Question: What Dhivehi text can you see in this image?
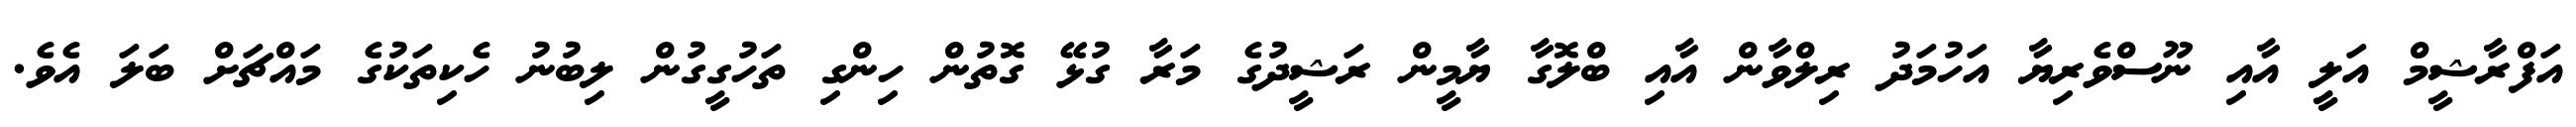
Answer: އަފްރާޝީމް އަލީ އާއި ނޫސްވެރިޔާ އަހުމަދު ރިލްވާން އާއި ބްލޮގާ ޔާމީން ރަޝީދުގެ މަރާ ގުޅޭ ގޮތުން ހިންގި ތަހުގީގުން ލިބުނު ހެކިތަކުގެ މައްޗަށް ބަލަ އެވެ.